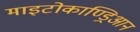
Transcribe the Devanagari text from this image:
माइटोकाण्ड्रिआन